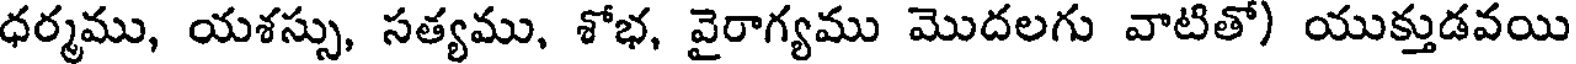
ధర్మము, యశస్సు, సత్యము, శోభ, వైరాగ్యము మొదలగు వాటితో) యుక్తుడవయి